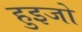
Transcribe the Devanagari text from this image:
हुइजो